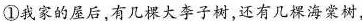
①我家的屋后，有几棵大李子树，还有几棵海棠树，